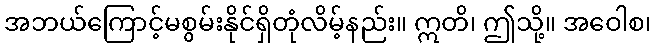
အဘယ်ကြောင့်မစွမ်းနိုင်ရှိတုံလိမ့်နည်း။ ဣတိ၊ ဤသို့။ အဝေါစ၊